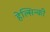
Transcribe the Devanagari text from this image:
हेल्सिन्की